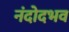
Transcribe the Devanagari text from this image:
नंदोदभव